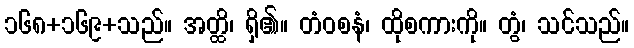
၁၆၈+၁၆၉+သည်။ အတ္ထိ၊ ရှိ၏။ တံဝစနံ၊ ထိုစကားကို။ တွံ၊ သင်သည်။